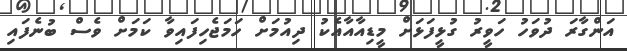
އަންގާރަ ދުވަހު ހަވީރު ގުޅީފަޅަށް މީޑިއާއާއެކު ދިއުމަށް ހަމަޖެހިފައިވާ ކަމަށް ވެސް ބުނެފައި